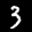
Label: 3